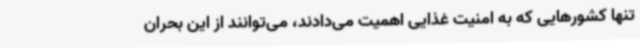
تنها کشورهایی که به امنیت غذایی اهمیت می‌دادند، می‌توانند از این بحران